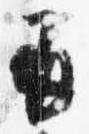
并